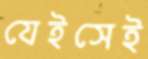
যেইসেই